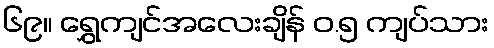
၆၉။ ရွှေကျင်အလေးချိန် ၀.၅ ကျပ်သား